Scottish Leaving Certificate Examination, 1957
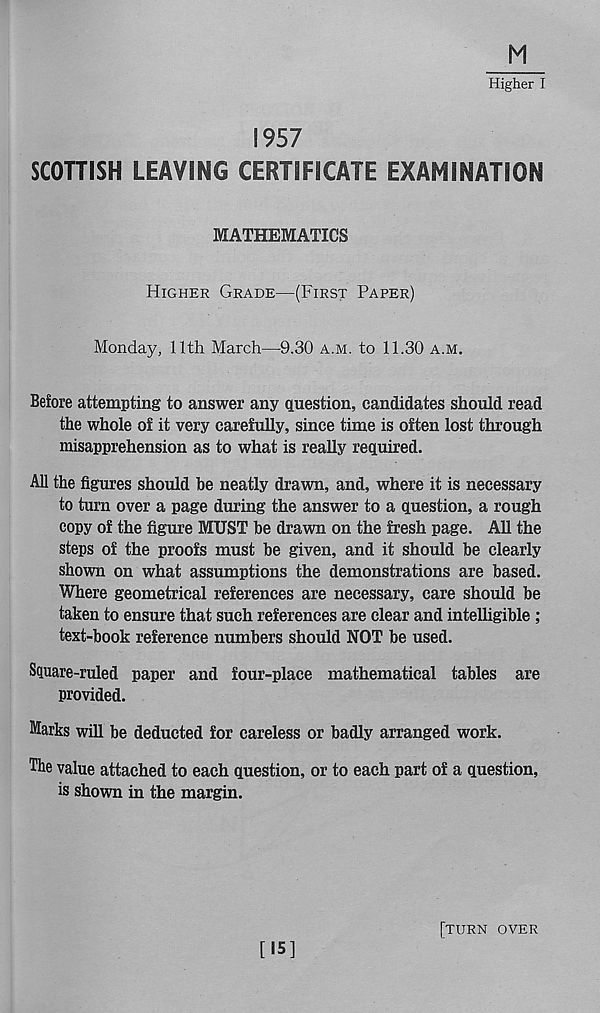
M
Higher I
1957
SCOTTISH LEAVING CERTIFICATE EXAMINATION
MATHEMATICS
Higher Grade—(First Paper)
Monday, 11th March—9.30 a.m. to 11.30 a.m.
Before attempting to answer any question, candidates should read
the whole of it very carefully, since time is often lost through
misapprehension as to what is really required.
All the figures should he neatly drawn, and, where it is necessary
to turn over a page during the answer to a question, a rough
copy of the figure MUST he drawn on the fresh page. All the
steps of the proofs must he given, and it should be clearly
shown on what assumptions the demonstrations are based.
Where geometrical references are necessary, care should be
taken to ensure that such references are clear and intelligible ;
text-book reference numbers should NOT be used.
Square-ruled paper and four-place mathematical tables are
provided.
Marks will be deducted for careless or badly arranged work.
The value attached to each question, or to each part of a question,
is shown in the margin.
[15]
[turn over